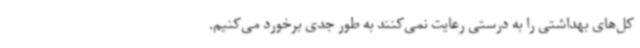
کل‌های بهداشتی را به درستی رعایت نمی‌کنند به طور جدی برخورد می‌کنیم.